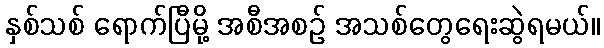
နှစ်သစ် ရောက်ပြီမို့ အစီအစဉ် အသစ်တွေရေးဆွဲရမယ်။